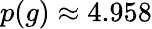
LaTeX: p(g)\approx 4.958